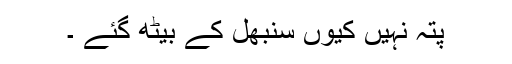
پتہ نہیں کیوں سنبھل کے بیٹھ گئے ۔